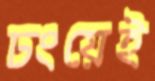
ঢংয়েই